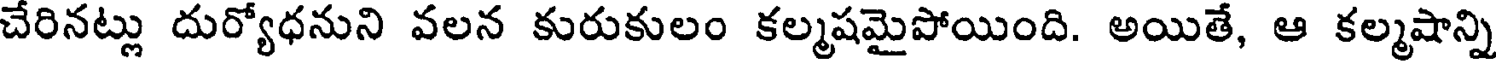
చేరినట్లు దుర్యోధనుని వలన కురుకులం కల్మషమైపోయింది. అయితే, ఆ కల్మషాన్ని